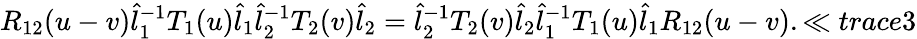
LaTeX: R_{12}(u-v)\hat{l}_{1}^{-1}T_{1}(u)\hat{l}_{1}\hat{l}_{2}^{-1}T_{2}(v)\hat{l}_{2}=\hat{l}_{2}^{-1}T_{2}(v)\hat{l}_{2}\hat{l}_{1}^{-1}T_{1}(u)\hat{l}_{1}R_{12}(u-v).\ll{trace3}